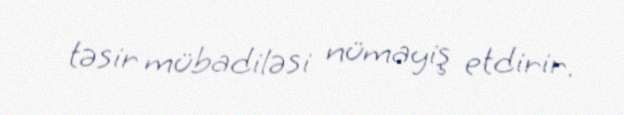
təsir mübadiləsi nümayiş etdirir.